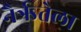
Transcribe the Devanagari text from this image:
नैर्ऋतेला